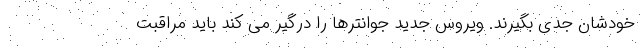
خودشان جدی بگیرند. ویروس جدید جوانترها را درگیر می کند باید مراقبت